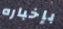
بإخباره